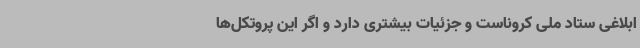
ابلاغی ستاد ملی کروناست و جزئیات بیشتری دارد و اگر این پروتکل‌ها